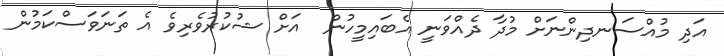
އަދި މުއްސަނދިންނަށް މުދާ ދެއްވަނީ އެބައިމީހުން  އަށް ޝުކުރުވެރިވެ އެ ތަނަވަސްކަމުން